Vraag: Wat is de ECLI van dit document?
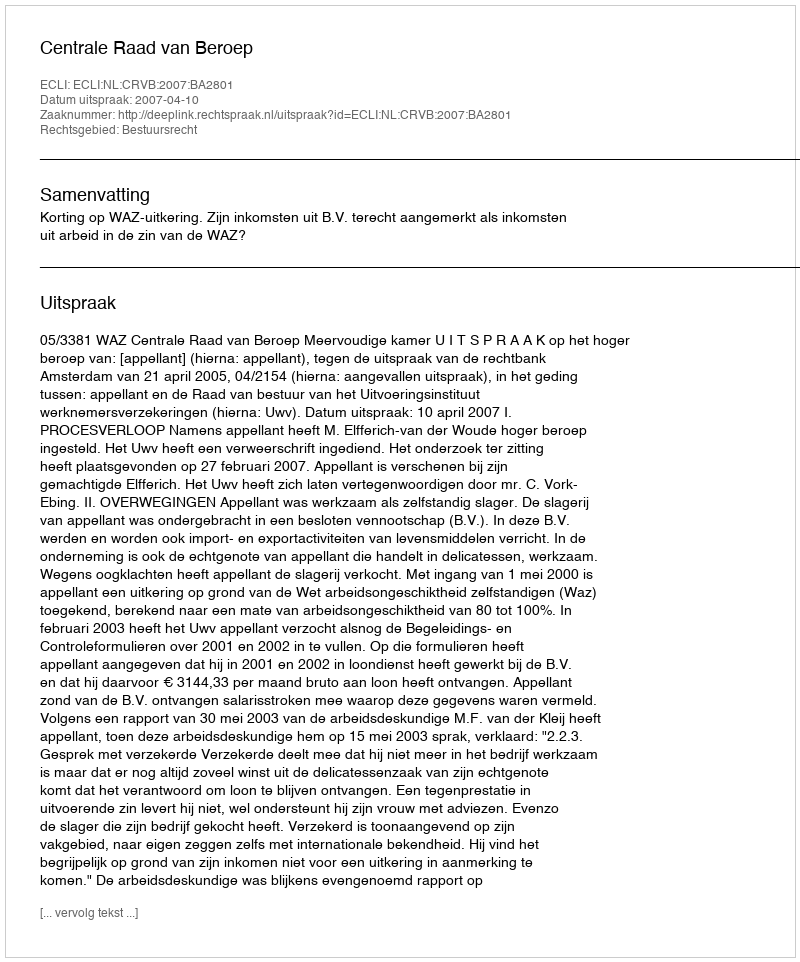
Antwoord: ECLI:NL:CRVB:2007:BA2801